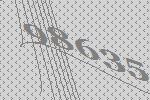
98635